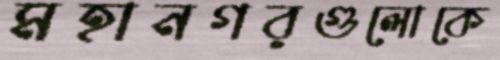
মহানগরগুলোকে